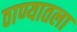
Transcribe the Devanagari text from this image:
ठाण्यातला